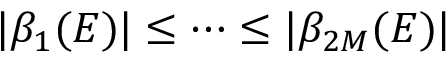
| \beta _ { 1 } ( E ) | \le \cdots \le | \beta _ { 2 M } ( E ) |